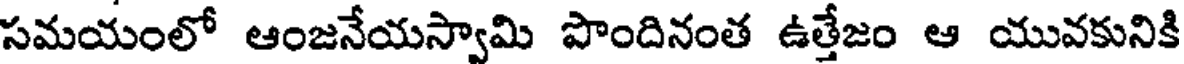
సమయంలో ఆంజనేయస్వామి పొందినంత ఉత్తేజం ఆ యువకునికి